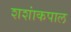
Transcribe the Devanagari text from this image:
शशांकपाल